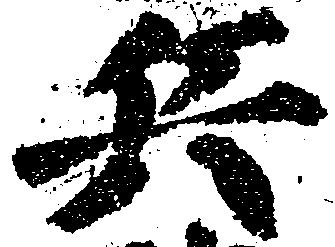
兵